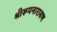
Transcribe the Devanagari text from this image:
श्रीरूपनारायण